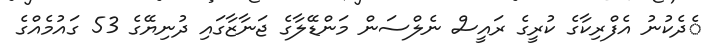
ެދެކުނު އެފްރިކާގެ ކުރީގެ ރައީސް ނެލްސަން މަންޑޭލާގެ ޖަނާޒާގައި ދުނިޔޭގެ 53 ގައުމެއްގެ